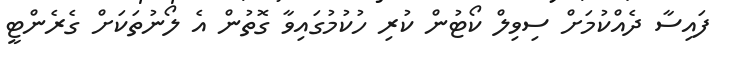
ފައިސާ ދެއްކުމަށް ސިވިލް ކޯޓުން ކުރި ހުކުމުގައިވާ ގޮތުން އެ ލޯނުތަކަށް ގެރެންޓީ